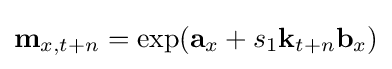
\mathbf {m} _{x,t+n}=\exp(\mathbf {a} _{x}+s_{1}\mathbf {k} _{t+n}\mathbf {b} _{x})